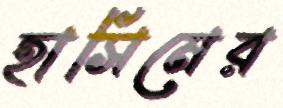
হাসিমের